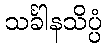
သင်္ခါနသိပ္ပံ